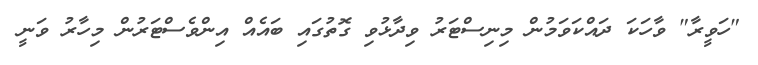
"ހަވީރާ" ވާހަކަ ދައްކަވަމުން މިނިސްޓަރު ވިދާޅުވި ގޮތުގައި ބައެއް އިންވެސްޓަރުން މިހާރު ވަނީ